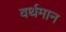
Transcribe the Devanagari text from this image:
वर्थमान